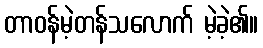
တာဝန်မဲ့တန်သလောက် မဲ့ခဲ့၏။